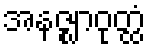
အနဇ္ဈာဝုတ္ထံ